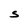
Character: S